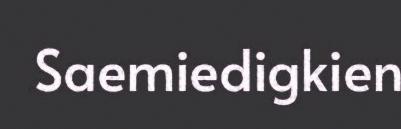
Saemiedigkien